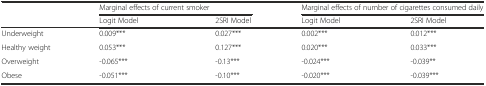
<table><thead><tr><td rowspan="2"></td><td colspan="2"><b>Marginal effects of current smoker</b></td><td colspan="2"><b>Marginal effects of number of cigarettes consumed daily</b></td></tr><tr><td><b>Logit Model</b></td><td><b>2SRI Model</b></td><td><b>Logit Model</b></td><td><b>2SRI Model</b></td></tr></thead><tbody><tr><td>Underweight</td><td>0.009***</td><td>0.027***</td><td>0.002***</td><td>0.012***</td></tr><tr><td>Healthy weight</td><td>0.053***</td><td>0.127***</td><td>0.020***</td><td>0.033***</td></tr><tr><td>Overweight</td><td>-0.065***</td><td>-0.13***</td><td>-0.024***</td><td>-0.039**</td></tr><tr><td>Obese</td><td>-0.051***</td><td>-0.10***</td><td>-0.020***</td><td>-0.039***</td></tr></tbody></table>